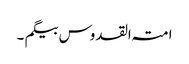
امتہ القدوس بیگم ۔